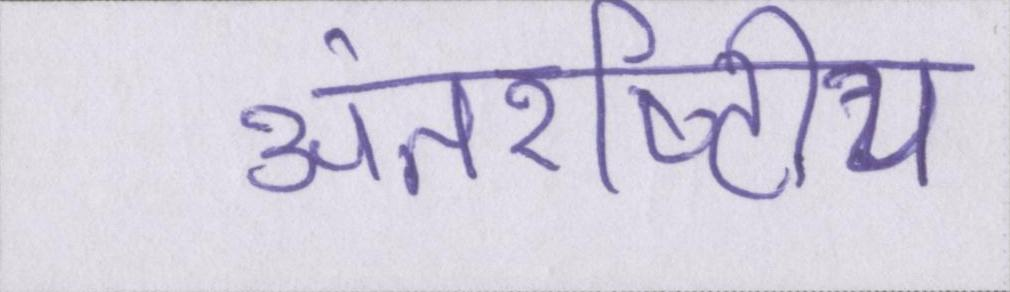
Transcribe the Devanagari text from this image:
अंतर्राष्ट्रीय